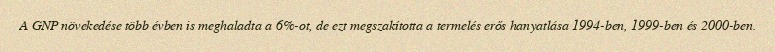
A GNP növekedése több évben is meghaladta a 6%-ot, de ezt megszakította a termelés erős hanyatlása 1994-ben, 1999-ben és 2000-ben.